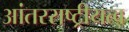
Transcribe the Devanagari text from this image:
आंतरराष्ट्रीयत्व